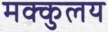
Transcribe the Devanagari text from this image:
मक्कुलय